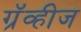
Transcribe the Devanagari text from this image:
ग्रॅव्हीज